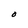
Character: O